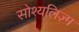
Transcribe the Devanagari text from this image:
सोश्यलिज़्म